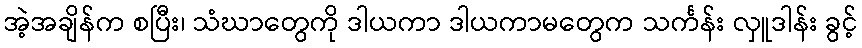
အဲ့အချိန်က စပြီး၊ သံဃာတွေကို ဒါယကာ ဒါယကာမတွေက သင်္ကန်း လှူဒါန်း ခွင့်